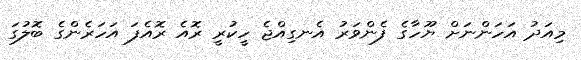
މިއަދު އަހަންނަށް ޔޫހާގެ ފެންވަރު އެނގިއްޖެ ހީކުރީ ރޮއެ ރޮއެފަ އަހަރެންގެ ބޮލުގަ